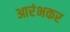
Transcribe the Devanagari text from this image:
आरंभकर